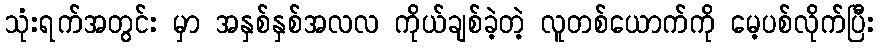
သုံးရက်အတွင်း မှာ အနှစ်နှစ်အလလ ကိုယ်ချစ်ခဲ့တဲ့ လူတစ်ယောက်ကို မေ့ပစ်လိုက်ပြီး